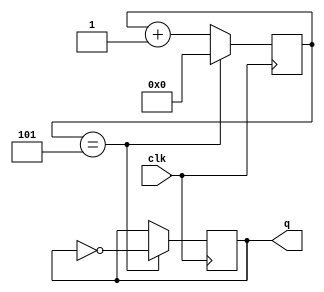
module square_wave_generator (
   input clk,
   output reg q
   );
   
   parameter HALF_PERIOD = 3'd5;
   
   initial q = 0;
   reg [3:0] count = 0;
   
   // limit check logic
   wire at_limit = (count == HALF_PERIOD);
   
   // counter process
   always @(posedge clk)
      if (at_limit)
         count <= 0;
      else 
         count <= count + 1;
   
   // toggling flip flop process
   always @(posedge clk)
      if (at_limit)
         q <= ~q;
   
endmodule